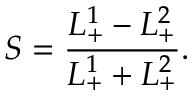
S = { \frac { L _ { + } ^ { 1 } - L _ { + } ^ { 2 } } { L _ { + } ^ { 1 } + L _ { + } ^ { 2 } } } .